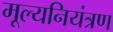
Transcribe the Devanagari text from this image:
मूल्यनियंत्रण